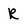
Character: R